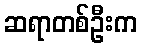
ဆရာတစ်ဦးက